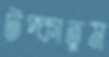
টপ্‌কাতুম